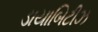
ડાયાબિટીઝ